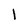
Character: l